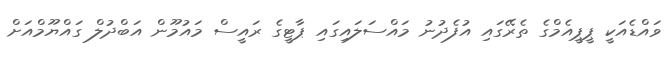
ވައްޑެއަކީ ޕީޕީއެމްގެ ތެރޭގައި އުފެދުނު މައްސަލައިގައި ޕާޓީގެ ރައީސް މައުމޫން އަބްދުލް ގައްޔޫމްއަށް